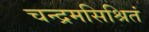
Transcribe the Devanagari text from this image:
चन्द्रमसिश्रितं